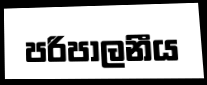
පරිපාලනීය